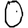
Digit: 0